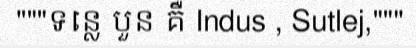
"""ទន្លេ បួន គឺ Indus , Sutlej,"""